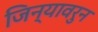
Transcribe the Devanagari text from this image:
जिन्यावरुन